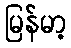
မြန်မာ့